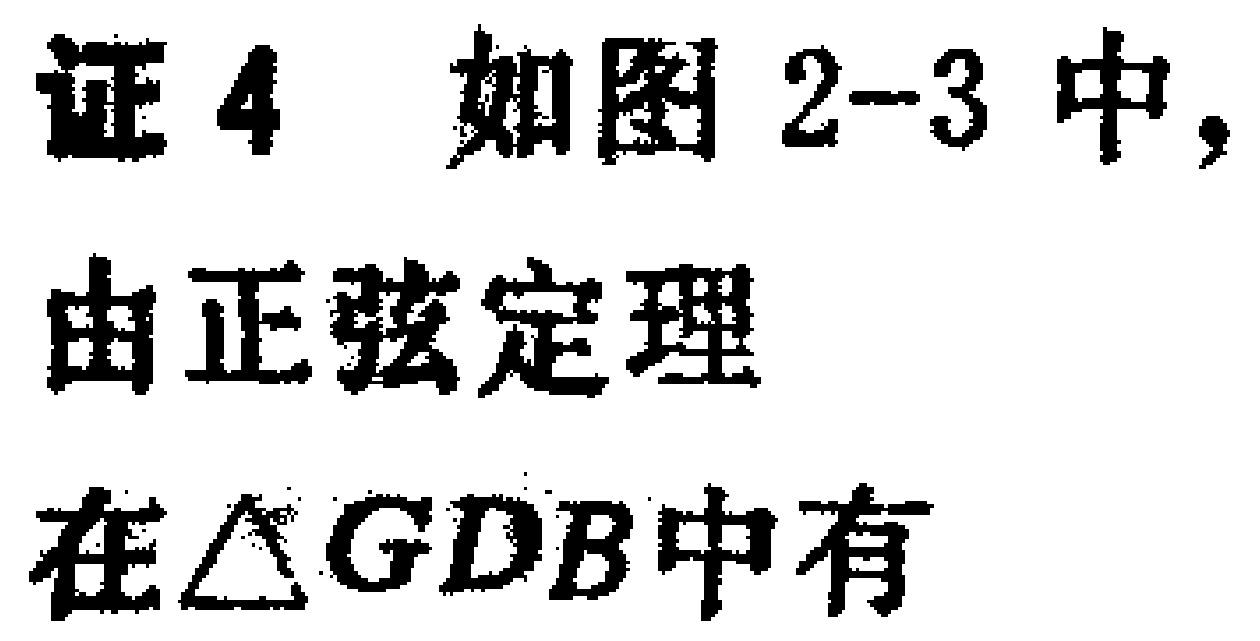
证4 如图2-3中,

由正弦定理

在$\triangle GDB$中有